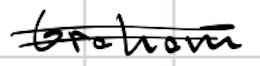
Text: Graham
Cross-out: double-line
Writing tool: digital_black